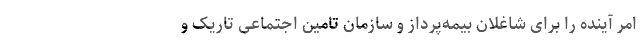
امر آینده را برای شاغلان بیمه‌پرداز و سازمان تامین اجتماعی تاریک و